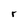
Character: r